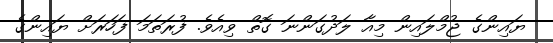
ޔައިންގެ ޖުމްލައިން މިއާ ލަދުގަންނަ ގޮތް ވިއެވެ. ފުރަތަމަ ފަހަރަށް ޔައިންގެ